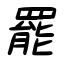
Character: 罷